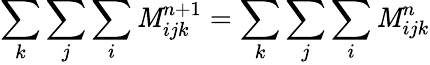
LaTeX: \sum_{k}\sum_{j}\sum_{i}\mathit{M}_{ijk}^{n+1}=\sum_{k}\sum_{j}\sum_{i}\mathit{M}_{ijk}^{n}